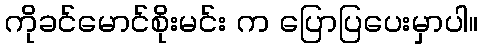
ကိုခင်မောင်စိုးမင်း က ပြောပြပေးမှာပါ။